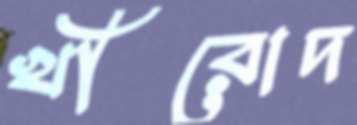
খীরোদ